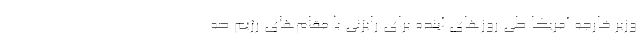
وزیر خارجه آمریکا طی روزهای آینده برای رایزنی با مقام‌های رژیم صه